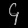
Digit: ၄